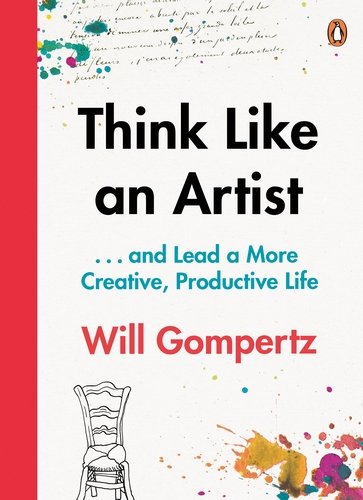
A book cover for Think Like an Artist: How to Live a Happier, Smarter, More Creative Life; Will Gompertz; Crafts, Hobbies & Home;